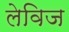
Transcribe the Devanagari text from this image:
लेविज